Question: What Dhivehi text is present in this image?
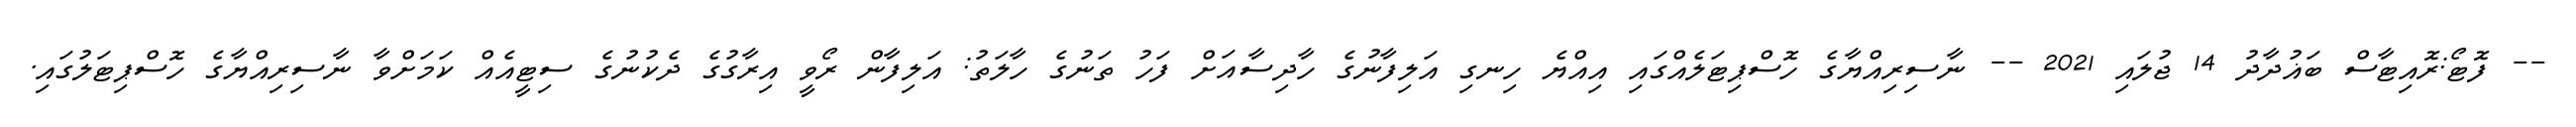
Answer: -- ފޮޓޯ:ރޮއިޓާސް ބަޣުދާދު 14 ޖުލައި 2021 -- ނާސިރިއްޔާގެ ހޮސްޕިޓަލެއްގައި އިއްޔެ ހިނގި އަލިފާނުގެ ހާދިސާއަށް ފަހު ތަނުގެ ހާލަތު: އަލިފާން ރޯވީ އިރާގުގެ ދެކުނުގެ ސިޓީއެއް ކަމަށްވާ ނާސިރިއްޔާގެ ހޮސްޕިޓަލުގައި.